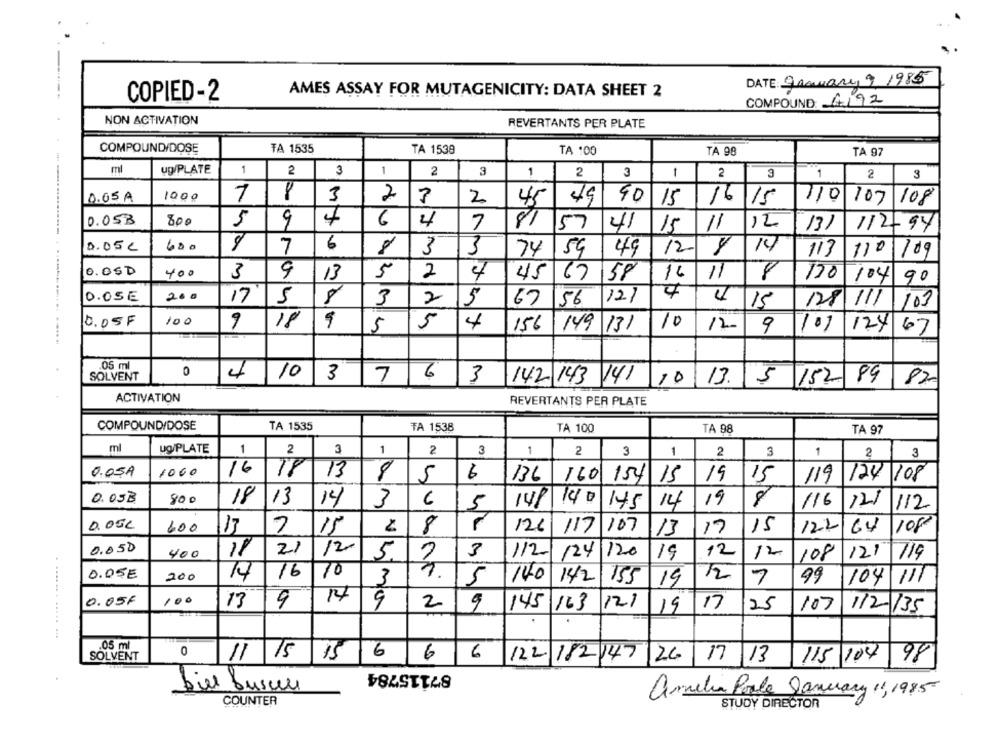
DATE: Grauary 9. 1985
AMES ASSAY FOR MUTAGENICITY: DATA SHEET 2
COPIED-2
COMPOUND: 4192
NON ACTIVATION
REVERTANTS PER PLATE
COMPOUND/DOSE
TA 1535
TA 1538
TA 100
TA 98
TA 97
ml
ug/PLATE
1
2
3
1
2
3
1
2
3
1
2
3
1
2
3
----
0.05A
1000
7
3
2
2
45
49
40
110
107
108
15
16 15
0.05B
800
5
9
4
6
4
7
81
57
41
15
11
112
13)
/12-94
6
0.05 €
600
7
3
3
74
54
49
12
14
110
109
113
0.0$D
400
9
5
2
16
11
8
3
13
4
45
6758
170
104
90
4
0.0SE
200
17
5
8
3
2
5
67
56
121
15
128 /11
103
0.05F
100
9
18
5
4
156
1
12
124
5
149 131
9
107
67
05 ml
0
SOLVENT
4
10
3
7
6
3
142 143 141
110
13. 5 152 89 82
ACTIVATION
REVERTANTS PER PLATE
COMPOUND/DOSE
TA 1535
TA 1538
TA 100
TA 98
TA 97
ml
Ug/PLATE
1
2
3
1
2
3
1
2
3
1
2
3
1
2
3
O.OSA
1000
16
18
13
5
6
136
160
154
15
19
15
119
124 108
0.05B
800
18
13
14
3
14/
140
14
19
a
/16
121
112
5
145
0.05L
600
13
7
15
8
126
117
107
13
17
15
122
64
108
0.050
12
400
11
21
5
3
112
124/120
19
12
12
108
121
719
0.05€
200
14
16
10
3
140
142
12
5
155
19
7
99
104
111
0.05F
14
13
9
9
2
9
145 163
12.1
17
25
107
112135
19
. ...... . ..... .
.05 ml
0
6
98
SOLVENT
11
15
6
6
122 182 147 26
17 13
115 1014
87115784
bill busuu
amelia Poole January 11,1985
COUNTER
STUDY DIRECTOR